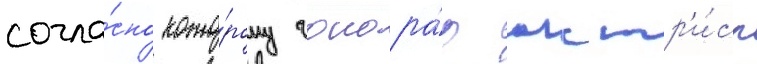
согла́сно кото́рому гонора́р актр'и́сы